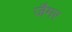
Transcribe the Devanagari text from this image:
जैमर